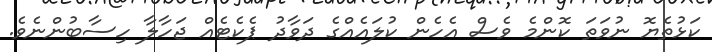
ކަޅުތެޔޮ ނުވަތަ ކޮންމެ ވެސް އެހެން ކުލައެއްގެ ދަވާދު ޕެކެޓެއް ޖަހާލާ ހިސާބުންނެވެ.